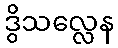
ဒွိသလ္လေန